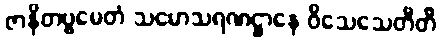
ဇာနိတဗ္ဗမေတံ သမောသရဏဋ္ဌာနေ ဝိသေသေတီတိ